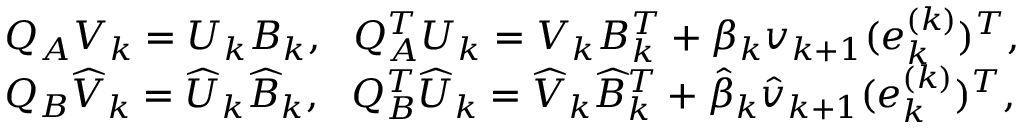
\begin{array} { r l } & { Q _ { A } V _ { k } = U _ { k } B _ { k } , \ \ Q _ { A } ^ { T } U _ { k } = V _ { k } B _ { k } ^ { T } + \beta _ { k } v _ { k + 1 } ( e _ { k } ^ { ( k ) } ) ^ { T } , } \\ & { Q _ { B } \widehat { V } _ { k } = \widehat { U } _ { k } \widehat { B } _ { k } , \ \ Q _ { B } ^ { T } \widehat { U } _ { k } = \widehat { V } _ { k } \widehat { B } _ { k } ^ { T } + \hat { \beta } _ { k } \hat { v } _ { k + 1 } ( e _ { k } ^ { ( k ) } ) ^ { T } , } \end{array}